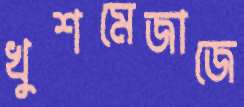
খুশমেজাজে